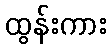
ထွန်းကား